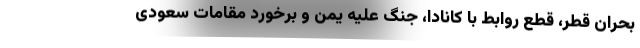
بحران قطر، قطع روابط با کانادا، جنگ علیه یمن و برخورد مقامات سعودی